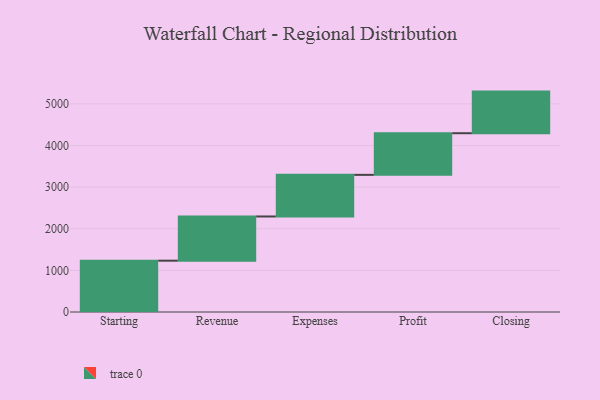
{"axis": {"x": "Step", "y": "Value"}, "legend": [""], "data": [{"x": "Starting", "y": 1233.0, "type": ""}, {"x": "Revenue", "y": 1062.0, "type": ""}, {"x": "Expenses", "y": 1000, "type": ""}, {"x": "Profit", "y": 1000, "type": ""}, {"x": "Closing", "y": 1000, "type": ""}]}